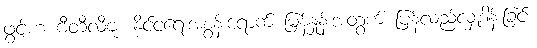
ဖွင့်ဟ ဗီတီလီဗူး နိုင်ငံရေးအစွန်းရောက် မြန်နှုန်းအတွက် ပြန်လည်လှူဒါန်းခြင်း